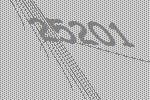
25201